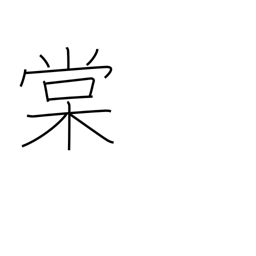
Meaning: wild pear tree